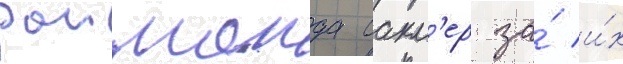
раимонда сакл'ер за́ и́х